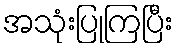
အသုံးပြုကြပြီး